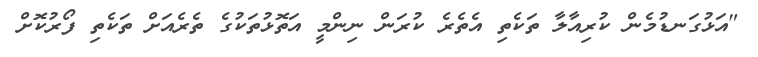
"އަޅުގަނޑުމެން ކުރިއާލާ ތަކެތި އެތެރެ ކުރަން ނިންމީ އަތޮޅުތަކުގެ ތެރެއަށް ތަކެތި ފޯރުކޮށް